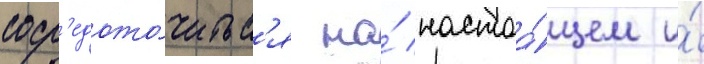
соср'едото́читьс'я на́ настоа́щем и́